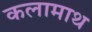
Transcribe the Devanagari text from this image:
कलामाथ